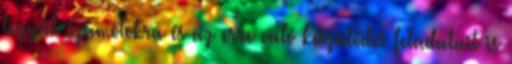
tegyük számotokra és az erre való készülődés feladatait is